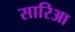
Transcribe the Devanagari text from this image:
सारिआ